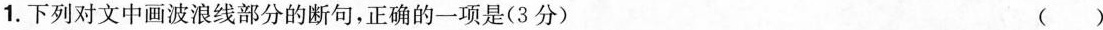
1.下列对文中画波浪线部分的断句，正确的一项是(3分) ()